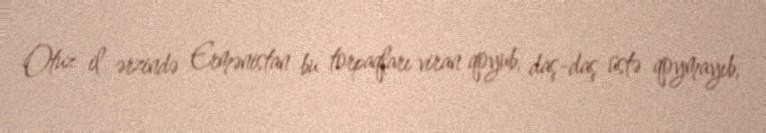
Otuz il ərzində Ermənistan bu torpaqları viran qoyub, daş-daş üstə qoymayıb,